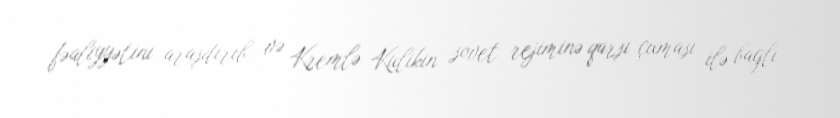
fəaliyyətini araşdırıb və Kremlə Kulikin sovet rejiminə qarşı çıxması ilə bağlı